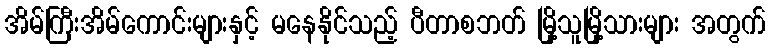
အိမ်ကြီးအိမ်ကောင်းများနှင့် မနေနိုင်သည့် ပီတာစဘတ် မြို့သူမြို့သားများ အတွက်